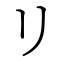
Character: リ